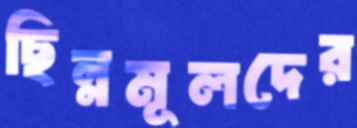
ছিন্নমূলদের